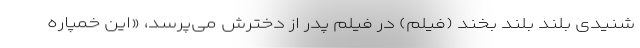
شنیدی بلند بلند بخند (فیلم) در فیلم پدر از دخترش می‌پرسد، «این خمپاره